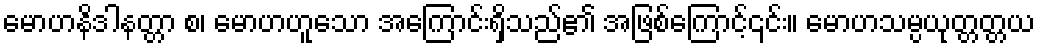
မောဟနိဒါနတ္တာ စ၊ မောဟဟူသော အကြောင်းရှိသည်၏ အဖြစ်ကြောင့်၎င်း။ မောဟသမ္ပယုတ္တတ္တယ